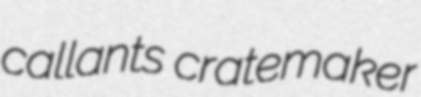
callants cratemaker